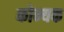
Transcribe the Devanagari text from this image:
कोन्यक